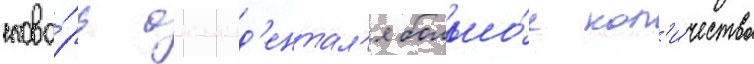
слова́рь окцид'ентал'я большо́е кол'и́чество